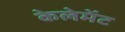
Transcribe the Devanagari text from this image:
केलेमेंट